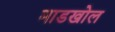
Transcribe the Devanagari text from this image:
माडखोल